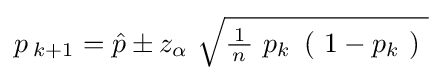
p_{\!\ k+1}={\hat {p}}\pm z_{\alpha }\ {\sqrt {{\tfrac {\!\ 1\!\ }{n}}\ p_{k}\ \left(\ 1-p_{k}\ \right)~}}